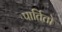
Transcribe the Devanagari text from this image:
पार्तितो